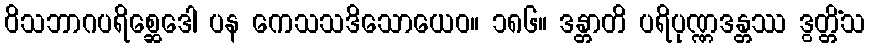
ဝိသဘာဂပရိစ္ဆေဒေါ ပန ကေသသဒိသောယေဝ။ ၁၈၆။ ဒန္တာတိ ပရိပုဏ္ဏဒန္တဿ ဒွတ္တိံသ